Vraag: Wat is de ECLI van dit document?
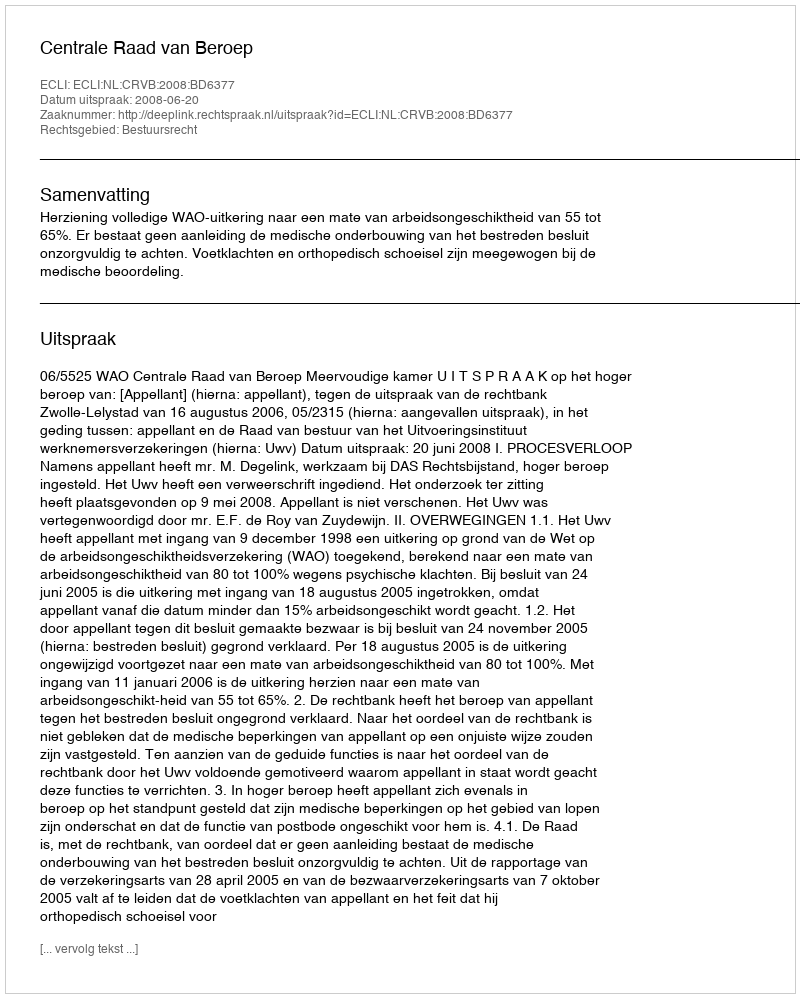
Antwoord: ECLI:NL:CRVB:2008:BD6377